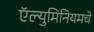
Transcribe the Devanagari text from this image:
ऍल्युमिनियमचे